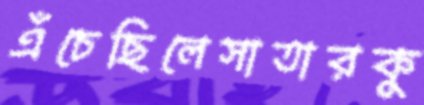
এঁচেছিলেসাতারকু